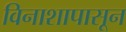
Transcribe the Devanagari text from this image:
विनाशापासून